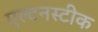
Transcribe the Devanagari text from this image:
एल्टनस्टीक